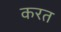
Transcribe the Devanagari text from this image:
करत